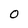
Character: 0